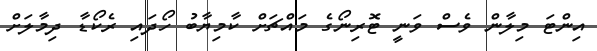
އިންޓަ މިލާން ވެސް ވަނީ ޓޮރިނޯގެ މައްޗަށް ކާމިޔާބު ހޯދައި ރެކޯޑާ ދިމާލަށް